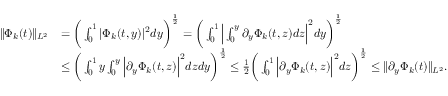
\begin{array} { r l } { \| \Phi _ { k } ( t ) \| _ { L ^ { 2 } } } & { = \bigg ( \int _ { 0 } ^ { 1 } | \Phi _ { k } ( t , y ) | ^ { 2 } d y \bigg ) ^ { \frac { 1 } { 2 } } = \bigg ( \int _ { 0 } ^ { 1 } \Big | \int _ { 0 } ^ { y } \partial _ { y } \Phi _ { k } ( t , z ) d z \Big | ^ { 2 } d y \bigg ) ^ { \frac { 1 } { 2 } } } \\ & { \leq \bigg ( \int _ { 0 } ^ { 1 } y \int _ { 0 } ^ { y } \Big | \partial _ { y } \Phi _ { k } ( t , z ) \Big | ^ { 2 } d z d y \bigg ) ^ { \frac { 1 } { 2 } } \leq \frac { 1 } { 2 } \bigg ( \int _ { 0 } ^ { 1 } \Big | \partial _ { y } \Phi _ { k } ( t , z ) \Big | ^ { 2 } d z \bigg ) ^ { \frac { 1 } { 2 } } \leq \| \partial _ { y } \Phi _ { k } ( t ) \| _ { L ^ { 2 } } . } \end{array}